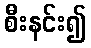
စီးနင်း၍